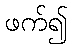
ဖက်၍